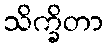
သိက္ခိတာ